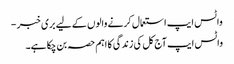
واٹس ایپ استعمال کرنے والوں کے لیے بری خبر -
واٹس ایپ آج کل کی زندگی کا اہم حصہ بن چکا ہے۔